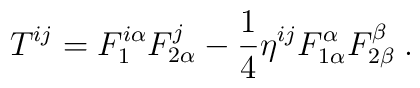
T^{ij} = F^{i\alpha}_1 F^j_{2\alpha} - \frac 14 \eta^{ij} F^\alpha_{1\alpha} F^\beta_{2\beta}\;.